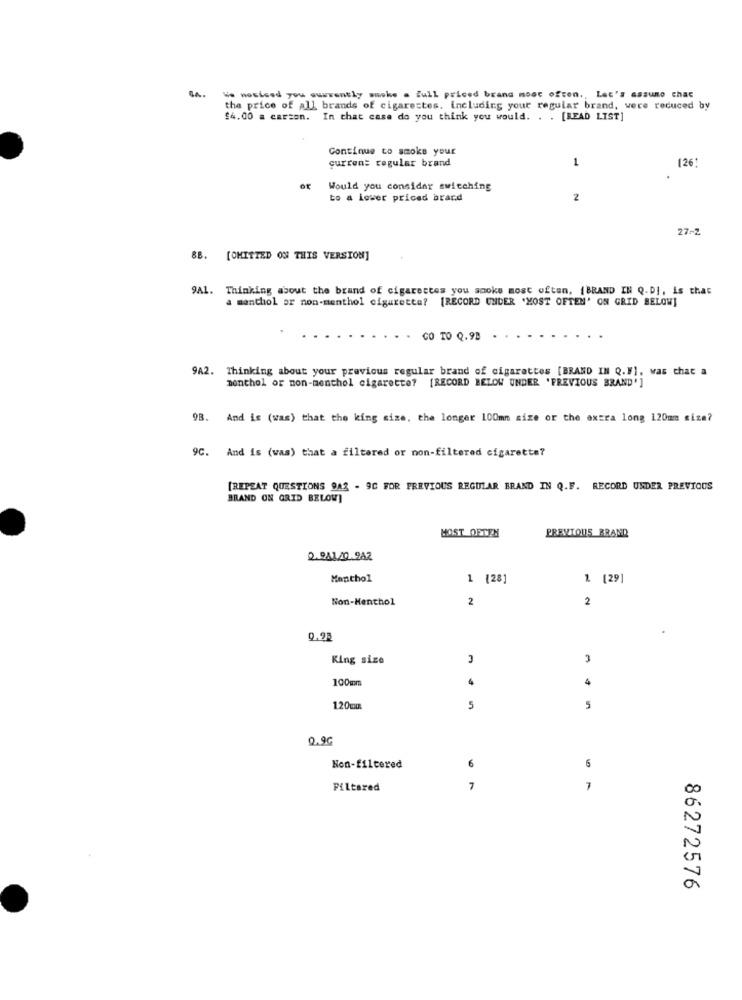
We noticed you currently smoke a full priced brand most often. Let's assumo chac
the price of all brands of cigarettes. including your regular brand, were reduced by
$4.00 a carzon. In that case do you think you would. . . [READ LIST]
Continue to smoke your
current regular brand
1
(26)
or
Would you consider switching
to a lower priced brard
2
27-2
BB. [OMITTED ON THIS VERSION]
9A1. Thinking about the brand of cigarettes you sooks most often, IBRAND IN Q.DI, is that
a menthol or non-menthol cigarette? [RECORD UNDER 'MOST OFTEN' ON GRID BELOW]
GO TO Q.99
9A2. Thinking about your previous regular brand of cigarettes [BRAND IN Q.F], was that a
monthol or non-menthol cigarette? [RECORD BELOW UNDER 'PREVIOUS BRAND']
9B. And is (was) that the king size, the longer 100mm size or the extra long 120mm siza?
9C. And is (was) that a filtered or non-filtered cigarette?
[REPEAT QUESTIONS 943 - 9C FOR PREVIOUS REGULAR BRAND IN Q.F. RECORD UNDER PREVIOUS
BRAND ON GRID BELOW]
MOST OFTEN
PREVIOUS BRAND
2.941/0.942
Menthol
1 [28]
1. [29]
Non-Menthol
2
2
0.93
King size
100mm
4
4
120m
5
5
0.96
Non-filtered
6
6
Filtered
7
7
00
N
a
86272576